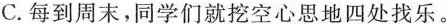
C.每到周末，同学们就\underline{挖空心思} 地四处找乐。